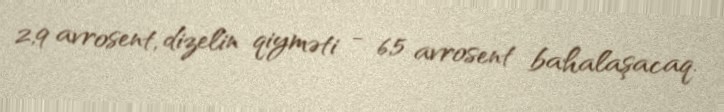
2,9 avrosent, dizelin qiyməti - 6,5 avrosent bahalaşacaq.